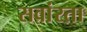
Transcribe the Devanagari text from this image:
सवांरता